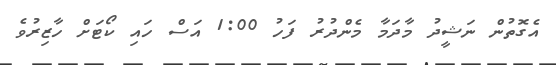
އެގޮތުން ނަޝީދު މާދަމާ މެންދުރު ފަހު 1:00 އަސް ހައި ކޯޓަށް ހާޒިރުވެ